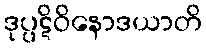
ဒုပ္ပဋိဝိနောဒယာတိ